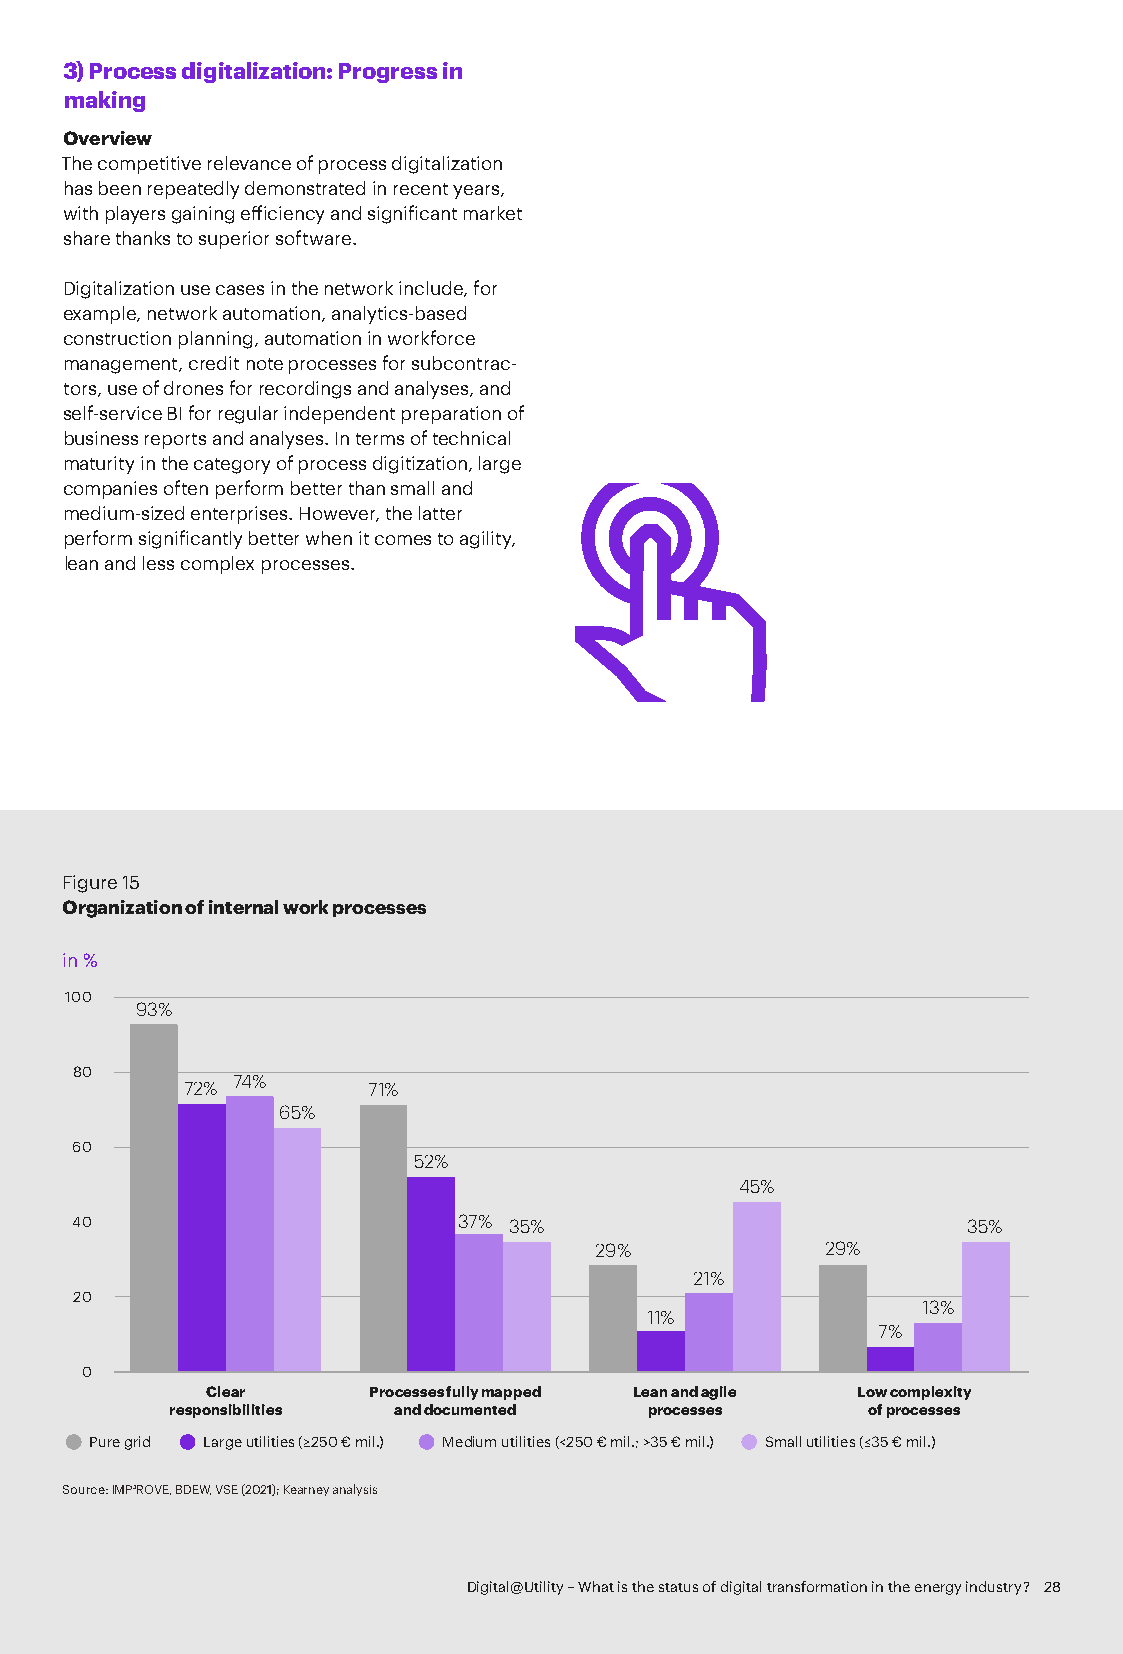
3) Process digitalization: Progress in
 making
 Overview
 The competitive relevance of process digitalization
 has been repeatedly demonstrated in recent years,
 with players gaining efficiency and significant market
 share thanks to superior software.
 Digitalization use cases in the network include, for
 example, network automation, analytics-based
 construction planning, automation in workforce
 management, credit note processes for subcontrac-
 tors, use of drones for recordings and analyses, and
 self-service BI for regular independent preparation of
 business reports and analyses. In terms of technical
 maturity in the category of process digitization, large
 companies often perform better than small and
 medium-sized enterprises. However, the latter
 perform significantly better when it comes to agility,
 lean and less complex processes.
 Figure 15
 Organization of internal work processes
 in %
 100
 93%
 80
 74%
 72%         71%
 65%
 60
 52%
 45%
 40                       37% 35%                           35%
 29%             29%
 21%
 20
 13%
 11%
 7%
 0
 Clear     Processes fully mapped Lean and agile Low complexity
 responsibilities and documented processes     of processes
 Pure grid Large utilities (≥250 € mil.) Medium utilities (<250 € mil.; >35 € mil.) Small utilities (≤35 € mil.)
 Source: IMP³ROVE, BDEW, VSE (2021); Kearney analysis
 Digital@Utility – What is the status of digital transformation in the energy industry? 28